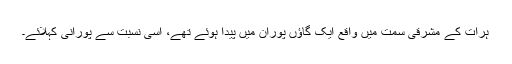
ہرات کے مشرقی سمت میں واقع ایک گاؤں پوران میں پیدا ہوئے تھے، اِسی نسبت سے پورانی کہلائے۔